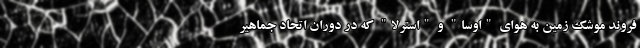
فروند موشک زمین به هوای "اوسا" و "استرلا" که در دوران اتحاد جماهیر